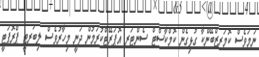
ނަމަވެސް ކޮމަރޒްބޭންކާ ގުޅިގެން ކޮމްކާސްޓް ސެންޓަރ އޮޕަރޭޓްކުރަމުން ދަނީ މިހާރުވެސް ލިބަރޓީ ޕްރޮޕަޓީ